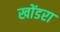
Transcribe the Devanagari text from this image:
खोंडरा